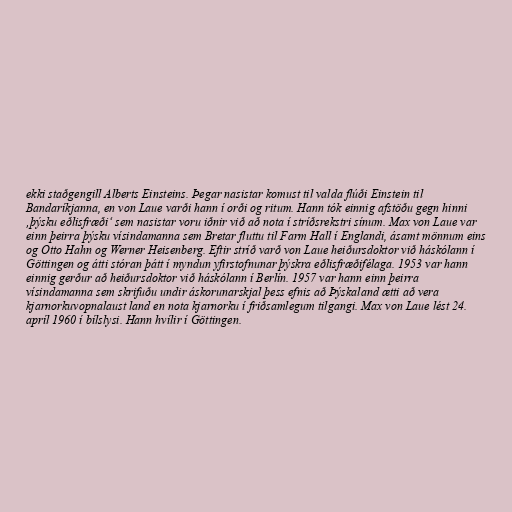
ekki staðgengill Alberts Einsteins. Þegar nasistar komust til valda flúði Einstein til
Bandaríkjanna, en von Laue varði hann í orði og ritum. Hann tók einnig afstöðu gegn hinni
‚þýsku eðlisfræði‘ sem nasistar voru iðnir við að nota í stríðsrekstri sínum. Max von Laue var
einn þeirra þýsku vísindamanna sem Bretar fluttu til Farm Hall í Englandi, ásamt mönnum eins
og Otto Hahn og Werner Heisenberg. Eftir stríð varð von Laue heiðursdoktor við háskólann í
Göttingen og átti stóran þátt í myndun yfirstofnunar þýskra eðlisfræðifélaga. 1953 var hann
einnig gerður að heiðursdoktor við háskólann í Berlín. 1957 var hann einn þeirra
vísindamanna sem skrifuðu undir áskorunarskjal þess efnis að Þýskaland ætti að vera
kjarnorkuvopnalaust land en nota kjarnorku í friðsamlegum tilgangi. Max von Laue lést 24.
apríl 1960 í bílslysi. Hann hvílir í Göttingen.